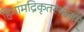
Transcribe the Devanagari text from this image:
हिमामद्रिकृतस्थलाम्